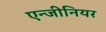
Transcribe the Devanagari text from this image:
एन्जीनियर